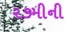
૨૭મીની